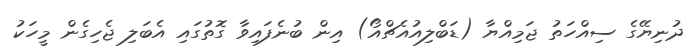
ދުނިޔޭގެ ސިއްހަތު ޖަމިއްޔާ (ޑަބްލިއުއެޗްއޯ) އިން ބުނެފައިވާ ގޮތުގައި އެބަލި ޖެހިގެން މީހަކު